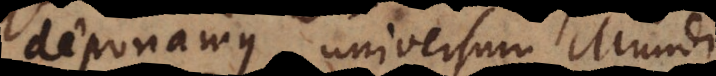
deponamus universum Mund